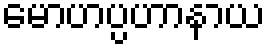
မောဟပ္ပဟာနာယ